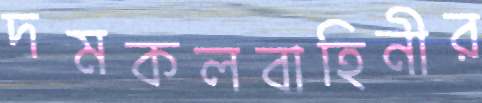
দমকলবাহিনীর